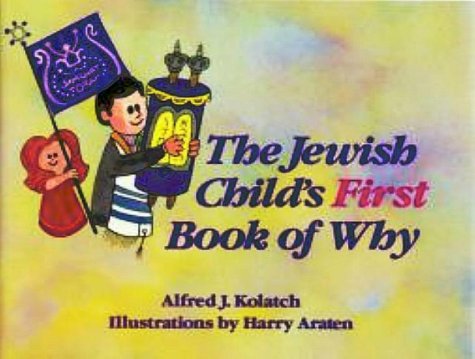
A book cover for The Jewish Child's First Book of Why; Alfred J. Kolatch; Children's Books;